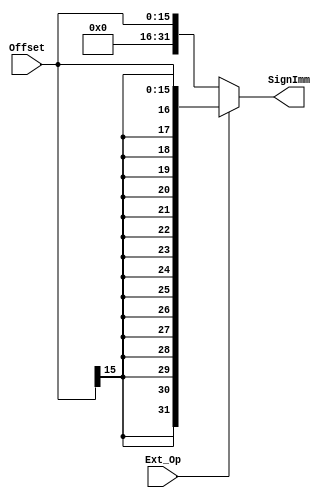
`timescale 1ns / 1ps
//////////////////////////////////////////////////////////////////////////////////
// Company: 
// Engineer: 
// 
// Design Name: 
// Module Name:    ext 
// Project Name: 
// Target Devices: 
// Tool versions: 
// Description: 
//
// Dependencies: 
//
// Revision: 
// Revision 0.01 - File Created
// Additional Comments: 
//
//////////////////////////////////////////////////////////////////////////////////
module ext(
    input [15:0] Offset,
    input Ext_Op,
    output [31:0] SignImm
    );

    assign SignImm = (Ext_Op == 0) ? {16'b0,Offset[15:0]} : {{16{Offset[15]}},Offset[15:0]};

endmodule